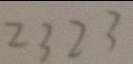
2 3 2 3